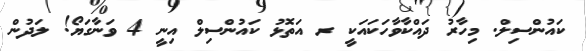
ކައުންސިލް. މިހާރު ދައްކާވާހަކައަކީ ރ އަތޮޅު ކައުންސިލް އިނީ 4 ވަނާގަޔޯ! ލަދުން